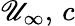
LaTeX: \mathscr{U}_{\infty},\, c